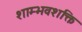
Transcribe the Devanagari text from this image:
शाम्भवशक्ति